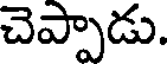
చెప్పాడు.